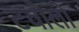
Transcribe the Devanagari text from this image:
टवोलो